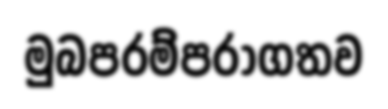
මුබපරම්පරාගතව